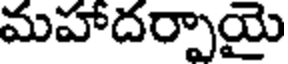
మహాదర్పాయై